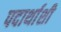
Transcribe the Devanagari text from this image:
पदार्थाशी